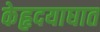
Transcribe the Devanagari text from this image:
केहृदयाघात